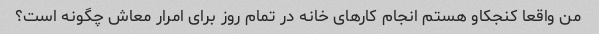
من واقعا کنجکاو هستم انجام کارهای خانه در تمام روز برای امرار معاش چگونه است؟